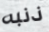
ذنبه